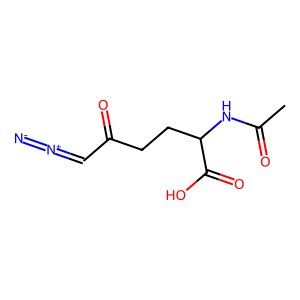
SMILES: CC(=O)NC(CCC(=O)C=[N+]=[N-])C(=O)O
Inhibits HIV replication: No